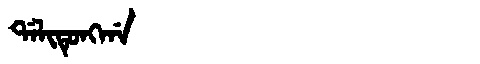
Manchu: ᡩᠠᠯᡳᡨᡠᠩᡤᠠ
Romanization: DALITUNGGA